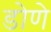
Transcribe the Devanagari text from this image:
डोणे